Code of medical and sanitary regulations for the guidance of medical officers serving in the Madras Presidency - Volume II
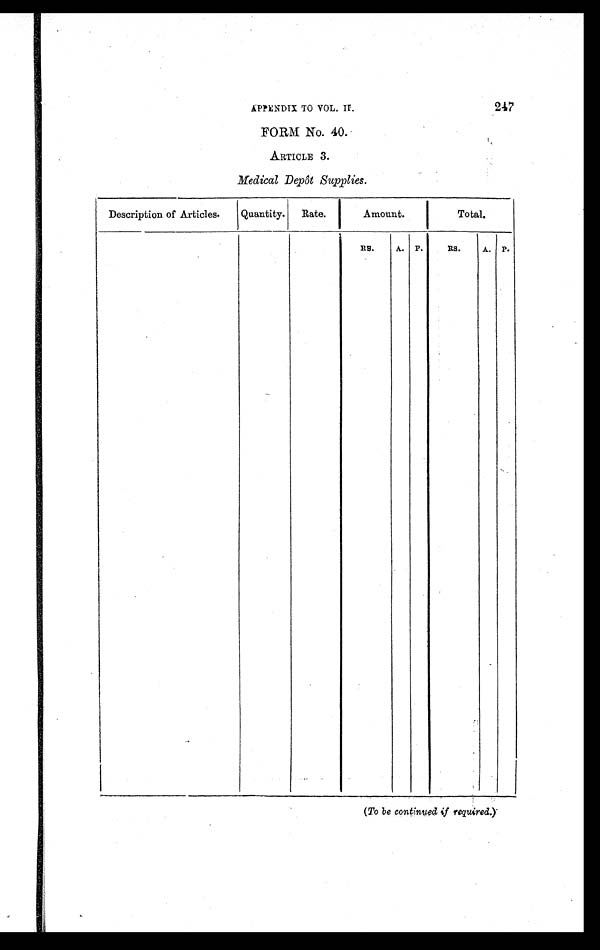
APPENDIX TO VOL. II.
247
FORM No. 40.
ARTICLE 3.
Medical Depôt Supplies.
Description of Articles.
Quantity.
Rate.
Amount.
Total.
RS.
A.
P.
RS.
A.
P.
( To be continued if required.)